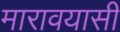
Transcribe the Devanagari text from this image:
मारावयासी